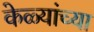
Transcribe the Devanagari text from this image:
केळ्यांच्या